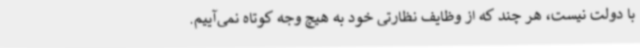
با دولت نیست، هر چند که از وظایف نظارتی خود به هیچ وجه کوتاه نمی‌آییم.